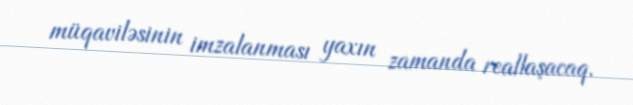
müqaviləsinin imzalanması yaxın zamanda reallaşacaq.